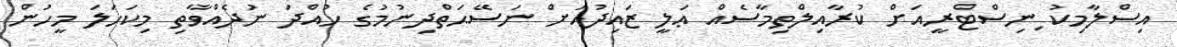
އިސްލާމިކު ިނިސްޓްރީއަށް ކުރާއިލްތިމާސެއް ޢަލީ ޒައިދުއަށް ނަސޭޙަތްދިނުމުގެ ހުއްދަ ނުދެއްވާތި މިކަހަލަ މީހުން